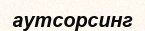
аутсорсинг